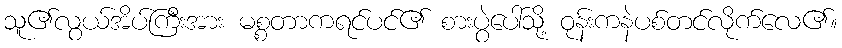
သူ၏လွယ်အိပ်ကြီးအား မစ္စတာကရင်ပင်၏ စားပွဲပေါ်သို့ ဝုန်းကနဲပစ်တင်လိုက်လေ၏။